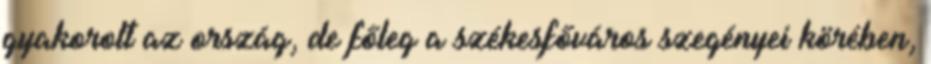
gyakorolt az ország, de főleg a székesfőváros szegényei körében,